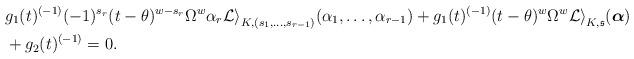
LaTeX: \begin{align*}&g_1(t)^{(-1)}(-1)^{s_r}(t-\theta)^{w-s_r}\Omega^w\alpha_r\mathcal{Li}_{K,(s_1, \ldots, s_{r-1})}(\alpha_1, \ldots, \alpha_{r-1})+g_1(t)^{(-1)}(t-\theta)^w\Omega^w\mathcal{Li}_{K,\mathfrak{s}}({\boldsymbol \alpha})\\&+g_2(t)^{(-1)}=0.\end{align*}